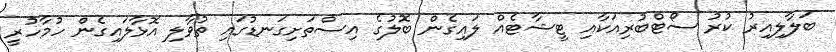
ބަލާލިއިރު ކުރު ސޯޓްބުރިއަކާއި ޓީޝާޓެއް ލައިގެން ބޮލުގެ އިސްތަށިގަނޑުގައި ތުވާލި އޮޅާލައިގެން ހުމާހުރީ